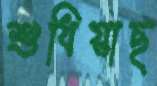
শুধিয়াছ